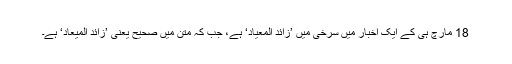
18 مارچ ہی کے ایک اخبار میں سرخی میں ’زائد المعیاد‘ ہے، جب کہ متن میں صحیح یعنی ’زائد المیعاد‘ ہے۔